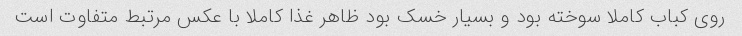
روی کباب کاملا سوخته بود و بسیار خسک بود ظاهر غذا کاملا با عکس مرتبط متفاوت است